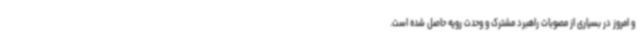
و امروز در بسیاری از مصوبات راهبرد مشترک و وحدت رویه حاصل شده است.